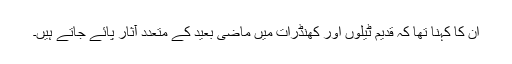
ان کا کہنا تھا کہ قدیم ٹیلوں اور کھنڈرات میں ماضی بعید کے متعدد آثار پائے جاتے ہیں۔